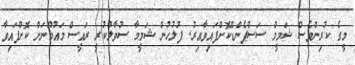
މީގެ ކުރިންވެސް ޝަމީމް ސަސްޕެންޑްކޮށްފައިވާއިރު